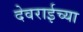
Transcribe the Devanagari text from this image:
देवराईच्या